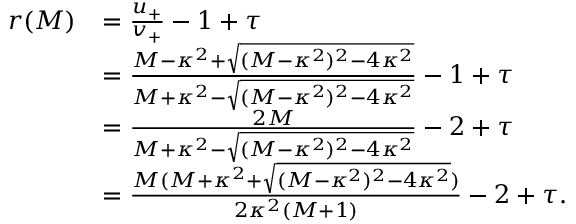
\begin{array} { r l } { r ( M ) } & { = \frac { u _ { + } } { v _ { + } } - 1 + \tau } \\ & { = \frac { M - \kappa ^ { 2 } + \sqrt { ( M - \kappa ^ { 2 } ) ^ { 2 } - 4 \kappa ^ { 2 } } } { M + \kappa ^ { 2 } - \sqrt { ( M - \kappa ^ { 2 } ) ^ { 2 } - 4 \kappa ^ { 2 } } } - 1 + \tau } \\ & { = \frac { 2 M } { M + \kappa ^ { 2 } - \sqrt { ( M - \kappa ^ { 2 } ) ^ { 2 } - 4 \kappa ^ { 2 } } } - 2 + \tau } \\ & { = \frac { M ( M + \kappa ^ { 2 } + \sqrt { ( M - \kappa ^ { 2 } ) ^ { 2 } - 4 \kappa ^ { 2 } } ) } { 2 \kappa ^ { 2 } ( M + 1 ) } - 2 + \tau . } \end{array}